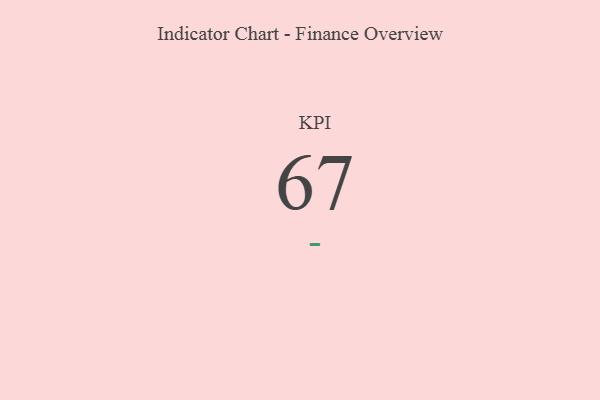
{"axis": {"x": "KPI", "y": "Value"}, "legend": [""], "data": [{"x": "KPI", "y": 67, "type": ""}]}